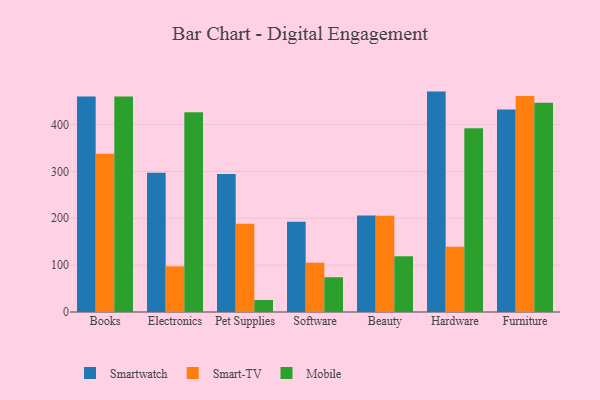
{"axis": {"x": "Category", "y": "Churn Rate (%)"}, "legend": ["Mobile", "Smart-TV", "Smartwatch"], "data": [{"x": "Books", "y": 459.9, "type": "Smartwatch"}, {"x": "Books", "y": 338.0, "type": "Smart-TV"}, {"x": "Books", "y": 459.7, "type": "Mobile"}, {"x": "Electronics", "y": 297.4, "type": "Smartwatch"}, {"x": "Electronics", "y": 97.4, "type": "Smart-TV"}, {"x": "Electronics", "y": 426.3, "type": "Mobile"}, {"x": "Pet Supplies", "y": 294.3, "type": "Smartwatch"}, {"x": "Pet Supplies", "y": 188.1, "type": "Smart-TV"}, {"x": "Pet Supplies", "y": 25.6, "type": "Mobile"}, {"x": "Software", "y": 192.7, "type": "Smartwatch"}, {"x": "Software", "y": 105.3, "type": "Smart-TV"}, {"x": "Software", "y": 74.2, "type": "Mobile"}, {"x": "Beauty", "y": 206.1, "type": "Smartwatch"}, {"x": "Beauty", "y": 205.4, "type": "Smart-TV"}, {"x": "Beauty", "y": 119.0, "type": "Mobile"}, {"x": "Hardware", "y": 470.4, "type": "Smartwatch"}, {"x": "Hardware", "y": 139.2, "type": "Smart-TV"}, {"x": "Hardware", "y": 392.3, "type": "Mobile"}, {"x": "Furniture", "y": 432.2, "type": "Smartwatch"}, {"x": "Furniture", "y": 461.2, "type": "Smart-TV"}, {"x": "Furniture", "y": 446.6, "type": "Mobile"}]}